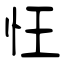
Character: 忹